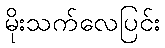
မိုးသက်လေပြင်း